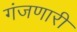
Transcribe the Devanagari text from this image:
गंजणारी